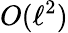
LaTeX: O(\ell^{2})